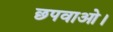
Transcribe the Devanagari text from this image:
छपवाओ।